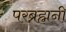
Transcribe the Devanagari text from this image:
परब्रह्मनी